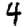
Digit: 4